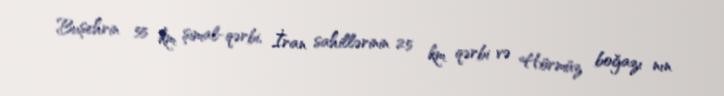
Buşehrin 55 km şimal-qərbi, İran sahillərinin 25 km qərbi və Hörmüz boğazı nın